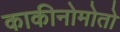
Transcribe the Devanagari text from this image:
काकीनोमोतो